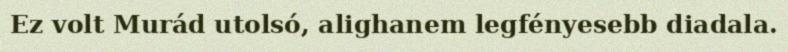
Ez volt Murád utolsó, alighanem legfényesebb diadala.